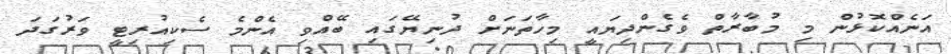
އަނެއްކޮޅުން މި މުބާރާތް ވެގެންދިޔައީ މިހާތަނަށް ދުނިޔޭގައި ބޭއްވި އެންމެ ސެކިއުރިޓީ ވަރުގަދަ